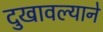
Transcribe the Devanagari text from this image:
दुखावल्याने